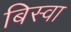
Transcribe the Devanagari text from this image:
बिस्‍वा